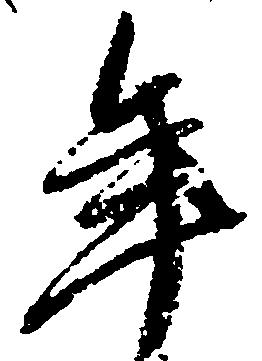
年